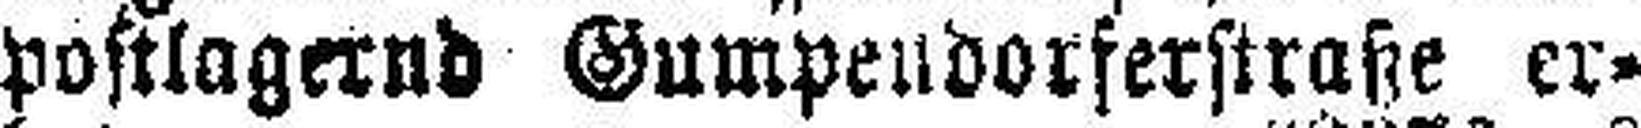
postlagernd Gumpendorferstraße er¬